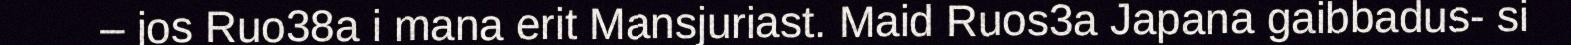
– jos Ruo38a i mana erit Mansjuriast. Maid Ruos3a Japana gaibbadus- si